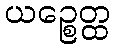
ယဉ္စေတ္ထ